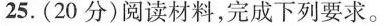
25.（20分）阅读材料，完成下列要求。